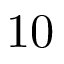
1 0 \phantom { . 0 }